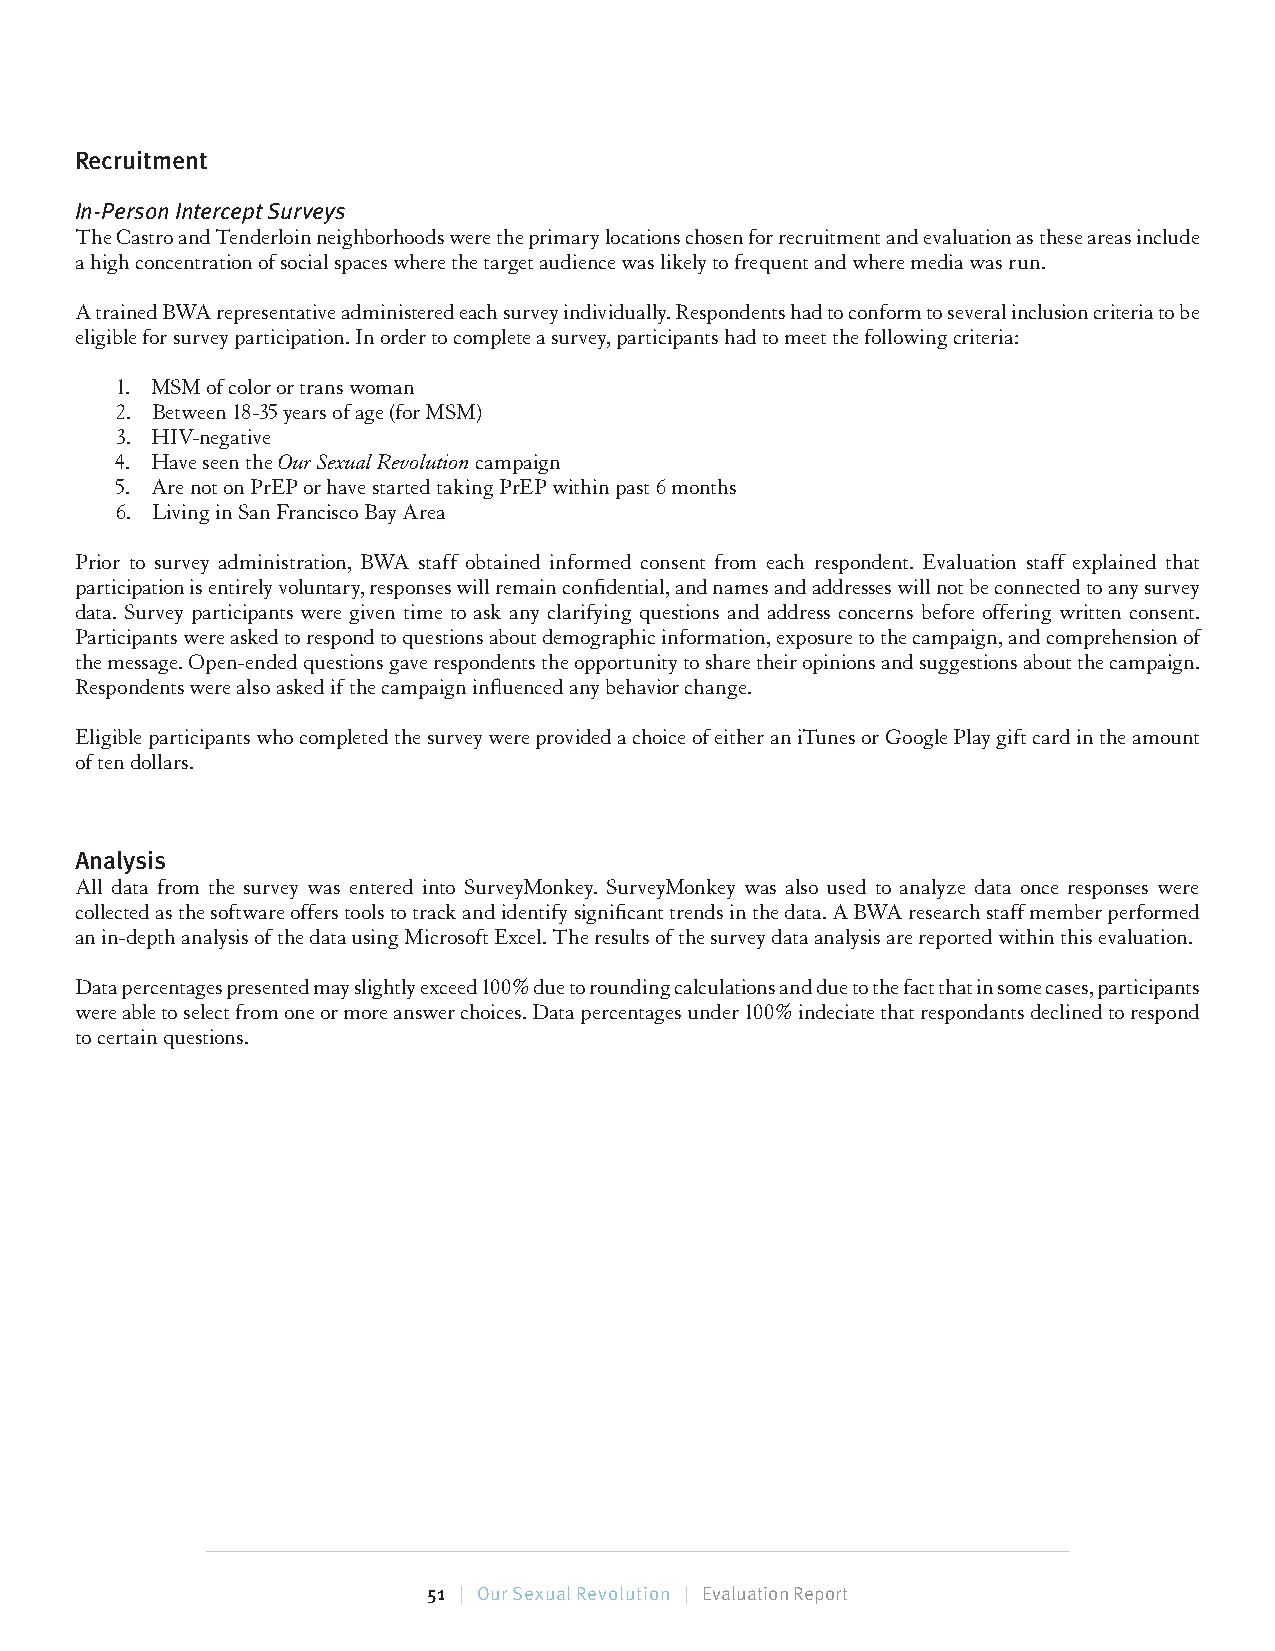
Recruitment
 In-Person Intercept Surveys
 The Castro and Tenderloin neighborhoods were the primary locations chosen for recruitment and evaluation as these areas include
 a high concentration of social spaces where the target audience was likely to frequent and where media was run.
 A trained BWA representative administered each survey individually. Respondents had to conform to several inclusion criteria to be
 eligible for survey participation. In order to complete a survey, participants had to meet the following criteria:
 1. MSM of color or trans woman
 2. Between 18-35 years of age (for MSM)
 3. HIV-negative
 4. Have seen the Our Sexual Revolution campaign
 5. Are not on PrEP or have started taking PrEP within past 6 months
 6. Living in San Francisco Bay Area
 Prior to survey administration, BWA staff obtained informed consent from each respondent. Evaluation staff explained that
 participation is entirely voluntary, responses will remain confidential, and names and addresses will not be connected to any survey
 data. Survey participants were given time to ask any clarifying questions and address concerns before offering written consent.
 Participants were asked to respond to questions about demographic information, exposure to the campaign, and comprehension of
 the message. Open-ended questions gave respondents the opportunity to share their opinions and suggestions about the campaign.
 Respondents were also asked if the campaign influenced any behavior change.
 Eligible participants who completed the survey were provided a choice of either an iTunes or Google Play gift card in the amount
 of ten dollars.
 Analysis
 All data from the survey was entered into SurveyMonkey. SurveyMonkey was also used to analyze data once responses were
 collected as the software offers tools to track and identify significant trends in the data. A BWA research staff member performed
 an in-depth analysis of the data using Microsoft Excel. The results of the survey data analysis are reported within this evaluation.
 Data percentages presented may slightly exceed 100% due to rounding calculations and due to the fact that in some cases, participants
 were able to select from one or more answer choices. Data percentages under 100% indeciate that respondants declined to respond
 to certain questions.
 51 | Our Sexual Revolution | Evaluation Report